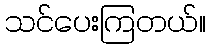
သင်ပေးကြတယ်။